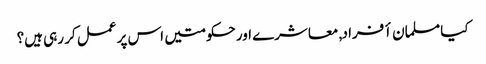
کیا مسلمان أفراد, معاشرے اور حکومتیں اس پر عمل کر رہی ہیں؟